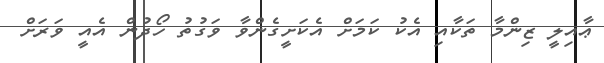
ޢާއިލީ ޒިންމާ ތަކާއި އެކު ކަމަށް އެކަށީގެންވާ ވަގުތު ހޯދުން އެއީ ވަރަށް